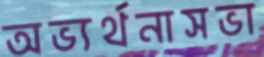
অভ্যর্থনাসভা